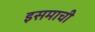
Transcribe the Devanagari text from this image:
इसमाची